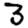
Digit: 3